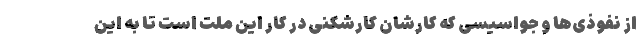
از نفوذی‌ها و جواسیسی که کارشان کارشکنی در کار این ملت است تا به این